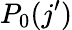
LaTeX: P_{0}(j^{\prime})